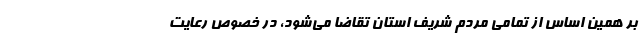
بر همین اساس از تمامی مردم شریف استان تقاضا می‌شود، در خصوص رعایت